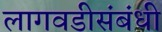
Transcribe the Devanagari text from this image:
लागवडीसंबंधी